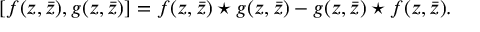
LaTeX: [ f ( z , \bar { z } ) , g ( z , \bar { z } ) ] = f ( z , \bar { z } ) \star g ( z , \bar { z } ) - g ( z , \bar { z } ) \star f ( z , \bar { z } ) .